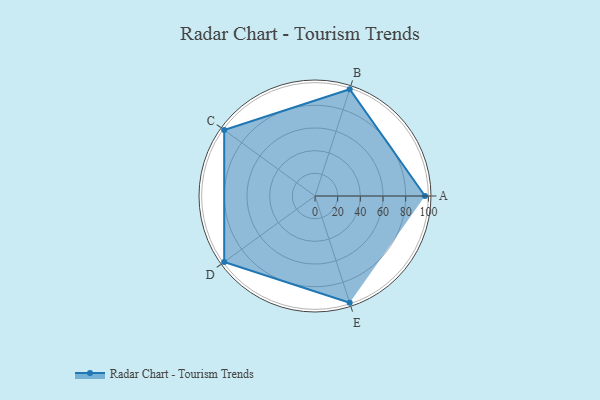
{"axis": {"x": "Skill", "y": "Score"}, "legend": ["Profile"], "data": [{"x": "A", "y": 97.0, "type": "Profile"}, {"x": "B", "y": 99, "type": "Profile"}, {"x": "C", "y": 99, "type": "Profile"}, {"x": "D", "y": 99, "type": "Profile"}, {"x": "E", "y": 99, "type": "Profile"}]}